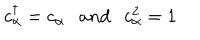
c _ { \alpha } ^ { \dagger } = c _ { \alpha } \ \ \ a n d \ \ \ c _ { \alpha } ^ { 2 } = 1